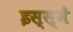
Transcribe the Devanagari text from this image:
इस्स्में